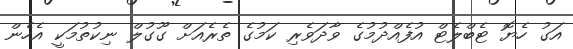
އަގު ހެޔޮ ޓެބްލެޓް އުފެއްދުމުގެ ވާދަވެރި ކަމުގެ ތެރެއަށް ގޫގުލް ނިކުތުމަކީ އެހެން